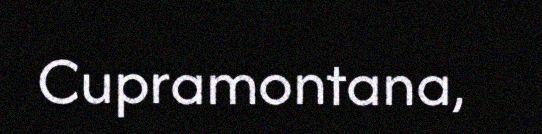
Cupramontana,